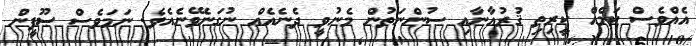
އެއްވެސް ކަމެއް ކީރިތި ޤުރުއާނާއި ސުންނަތުން މެނުވީ ދެނެއެއް ނުގަނެވޭނެއެވެ. ނަމަވެސް ޞޫފީން